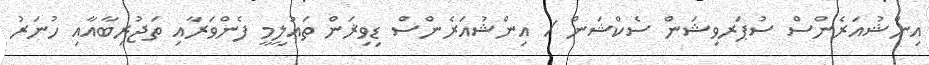
އިންޝުއަރެންސް ސުޕަރވިޝަން ސެކްޝަން / އިންޝުއަރެންސް ޑިވިޜަން ތަޢުލީމީ ފެންވަރާއި ތަޖުރިބާއާއި ހުނަރު